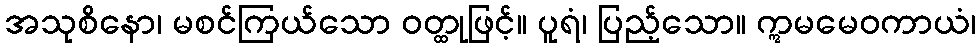
အသုစိနော၊ မစင်ကြယ်သော ဝတ္ထုဖြင့်။ ပူရံ၊ ပြည့်သော။ ဣမမေဝကာယံ၊